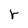
Character: r